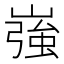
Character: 嵹